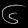
Digit: ၆